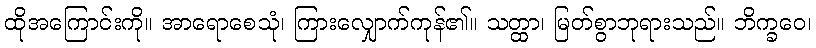
ထိုအကြောင်းကို။ အာရောစေသုံ၊ ကြားလျှောက်ကုန်၏။ သတ္ထာ၊ မြတ်စွာဘုရားသည်။ ဘိက္ခဝေ၊